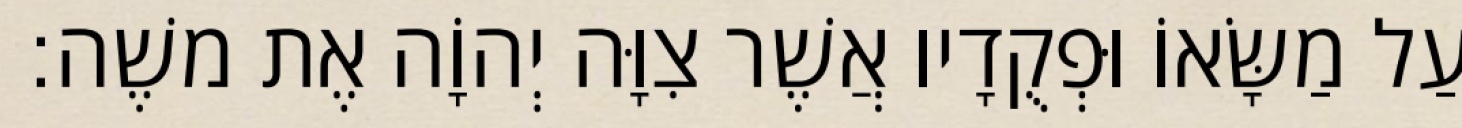
וְעַל מַשָּׂאוֹ וּפְקֻדָיו אֲשֶׁר צִוָּה יְהוָֹה אֶת משֶׁה׃